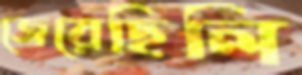
জেরেছিলি